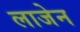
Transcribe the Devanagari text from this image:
लाजेन